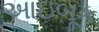
આઇબૂક